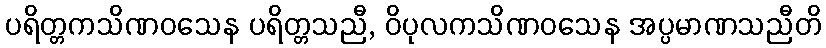
ပရိတ္တကသိဏဝသေန ပရိတ္တသညီ, ဝိပုလကသိဏဝသေန အပ္ပမာဏသညီတိ